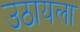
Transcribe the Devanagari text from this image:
उठायला